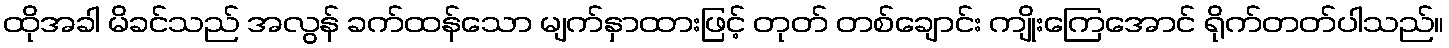
ထိုအခါ မိခင်သည် အလွန် ခက်ထန်သော မျက်နှာထားဖြင့် တုတ် တစ်ချောင်း ကျိုးကြေအောင် ရိုက်တတ်ပါသည်။